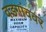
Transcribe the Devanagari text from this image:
वडगांववर